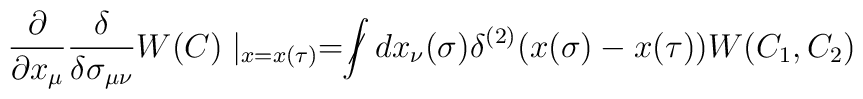
\frac{\partial}{\partial x_{\mu}}\frac{\delta}{\delta\sigma_{\mu\nu}}W(C)\mid _{x=x(\tau)}= \not \!\! \int dx_{\nu}(\sigma)\delta^{(2)}(x(\sigma)-x(\tau))W(C_1,C_2)